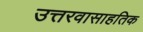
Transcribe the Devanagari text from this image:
उत्तरवासाहतिक